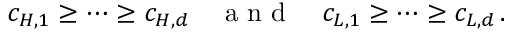
c _ { H , 1 } \geq \cdots \geq c _ { H , d } \quad \mathrm { ~ a ~ n ~ d ~ } \quad c _ { L , 1 } \geq \cdots \geq c _ { L , d } \, .